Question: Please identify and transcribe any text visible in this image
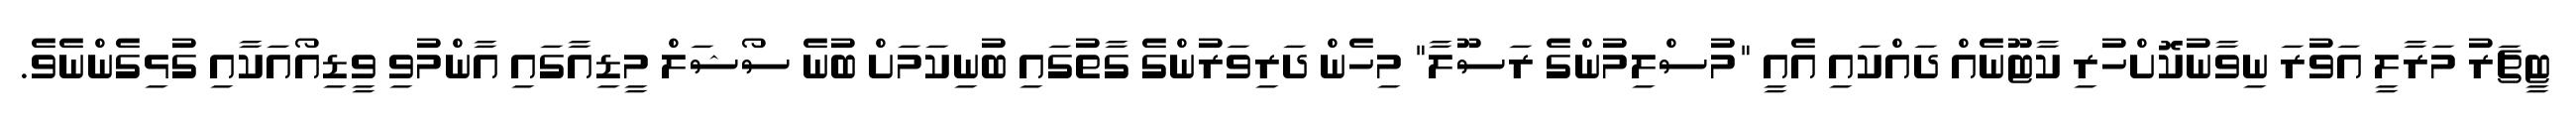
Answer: ޓީޗަރު މަރާލީ އަވުރަ ނިވާނުކޮށްހުރި ކާޓޫނެއް ދައްކައި އެއީ "މުސްލިމުންގެ ރަސޫލާ" މިހެން ދަރިވަރުންގެ ގާތުގައި ބުނިކަމަށް ބުނެ ސޯޝަލް މީޑިއާގައި އާންމުވި ވީޑިއޯއަކާއި ގުޅިގެންނެވެ.